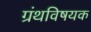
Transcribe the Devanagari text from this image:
ग्रंथविषयक